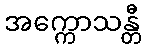
အက္ကောသန္တီ